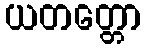
ယတတ္တော